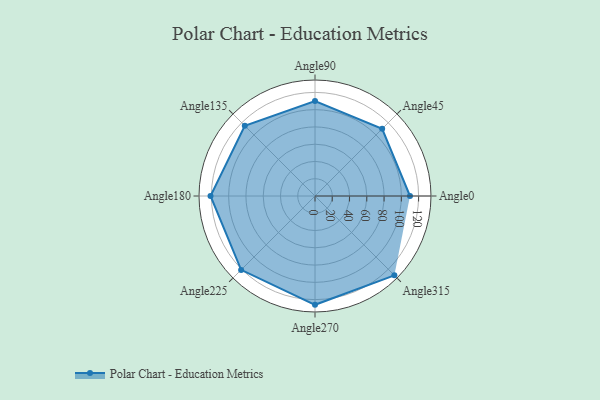
{"axis": {"x": "Angle", "y": "Radius"}, "legend": [""], "data": [{"x": "Angle0", "y": 110.0, "type": ""}, {"x": "Angle45", "y": 110.0, "type": ""}, {"x": "Angle90", "y": 110.0, "type": ""}, {"x": "Angle135", "y": 115.0, "type": ""}, {"x": "Angle180", "y": 121.0, "type": ""}, {"x": "Angle225", "y": 121.0, "type": ""}, {"x": "Angle270", "y": 126.0, "type": ""}, {"x": "Angle315", "y": 130.0, "type": ""}]}